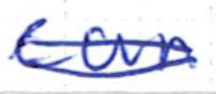
Text: can
Cross-out: double-line
Writing tool: ballpoint